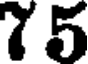
75